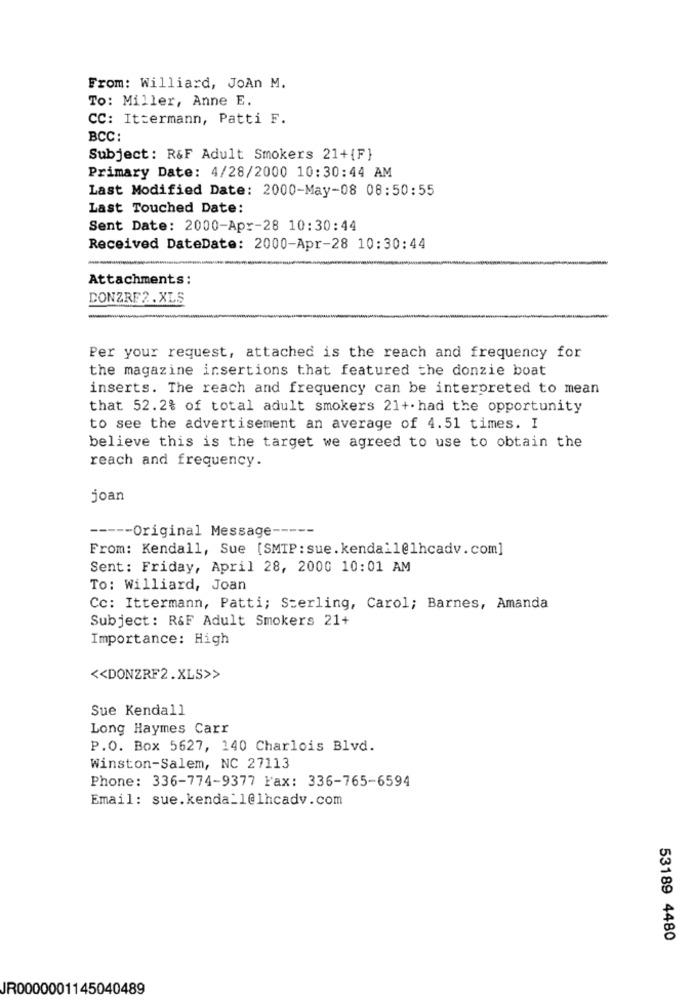
From: Williard, JoAn M.
To: Miller, Anne E.
CC: Ittermann, Patti F.
BCC:
Subject: R&F Adult Smokers 21+{F}
Primary Date: 4/28/2000 10:30:44 AM
Last Modified Date: 2000-May-08 08:50:55
Last Touched Date:
Sent Date: 2000-Apr-28 10:30:44
Received DateDate: 2000-Apr-28 10:30:44
Attachments:
DONZRE2.XLS
Per your request, attached is the reach and frequency for
the magazine insertions that featured the donzie boat
inserts. The reach and frequency can be interpreted to mean
that 52.2% of total adult smokers 21+.had the opportunity
to see the advertisement an average of 4.51 times. I
believe this is the target we agreed to use to obtain the
reach and frequency.
joan
----- Original Message -----
From: Kendall, Sue [SMTP: sue.kendall@lhcadv.com]
Sent: Friday, April 28, 2000 10:01 AM
To: Williard, Joan
Cc: Ittermann, Patti; Sterling, Carol; Barnes, Amanda
Subject: R&F Adult Smokers 21+
Importance: High
<< DONZRF2.XLS>>
Sue Kendall
Long Haymes Carr
P.O. Box 5627, 140 Charlois Blvd.
Winston-Salem, NC 27113
Phone: 336-774-9377 Fax: 336-765-6594
Email: sue.kenda_1@1hcadv.com
53189 4480
JR0000001145040489